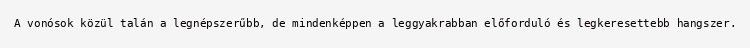
A vonósok közül talán a legnépszerűbb, de mindenképpen a leggyakrabban előforduló és legkeresettebb hangszer.